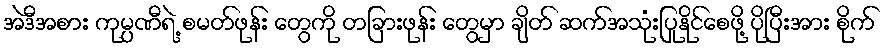
အဲဒီအစား ကုမ္ပဏီရဲ့ စမတ်ဖုန်း တွေကို တခြားဖုန်း တွေမှာ ချိတ် ဆက်အသုံးပြုနိုင်စေဖို့ ပိုပြီးအား စိုက်